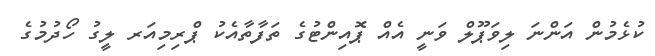
ކުޅެމުން އަންނަ ލިވަޕޫލް ވަނީ އެއް ޕޮއިންޓުގެ ތަފާތާއެކު ޕްރިމިއަރ ލީގު ހޯދުމުގެ